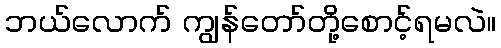
ဘယ်လောက် ကျွန်တော်တို့စောင့်ရမလဲ။